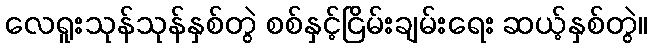
လေရူးသုန်သုန်နှစ်တွဲ စစ်နှင့်ငြိမ်းချမ်းရေး ဆယ့်နှစ်တွဲ။